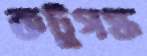
কটুগন্ধ